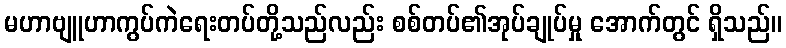
မဟာဗျူဟာကွပ်ကဲရေးတပ်တို့သည်လည်း စစ်တပ်၏အုပ်ချုပ်မှု အောက်တွင် ရှိသည်။